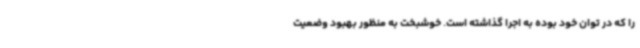
را که در توان خود بوده به اجرا گذاشته است. خوشبخت به منظور بهبود وضعیت